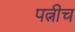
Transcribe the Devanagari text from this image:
पत्नीच